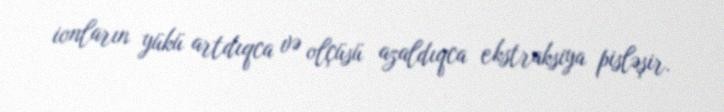
ionların yükü artdıqca və olçüsü azaldıqca ekstraksiya pisləşir.